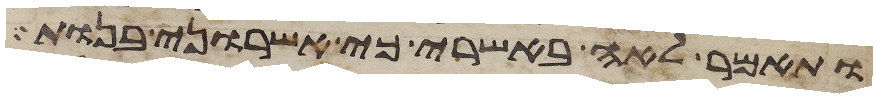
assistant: ותאמר לאה באשרי כי אשרוני בנות